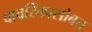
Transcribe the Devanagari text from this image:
वावरिंकासोबत